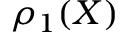
\rho _ { 1 } ( X )